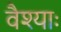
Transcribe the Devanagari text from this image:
वैश्याः